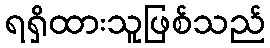
ရရှိထားသူဖြစ်သည်